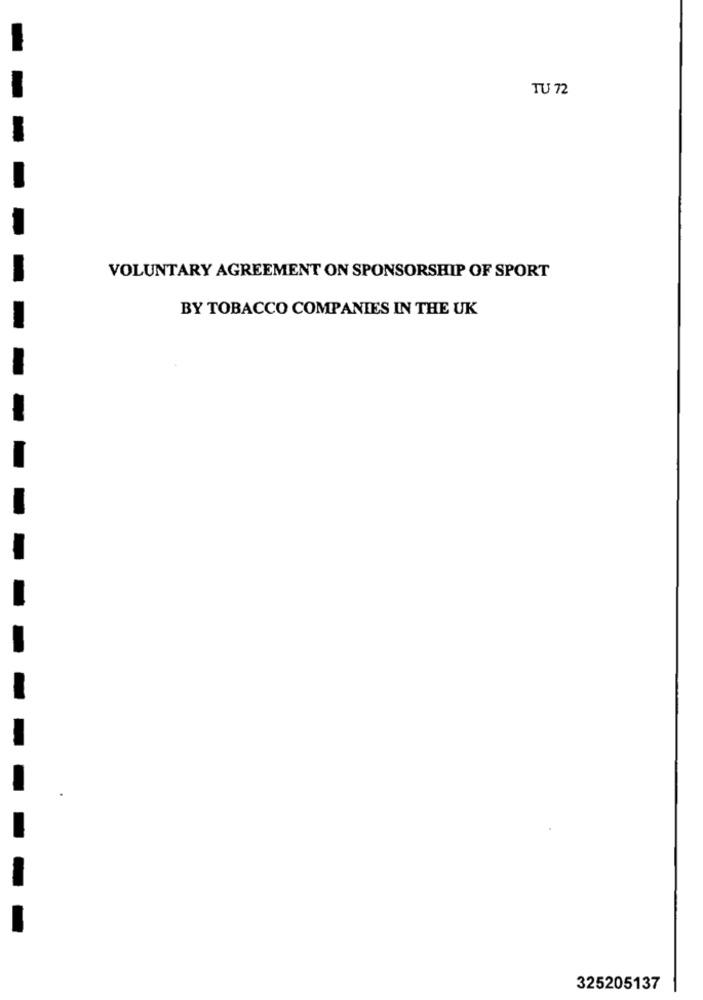
TU 72
VOLUNTARY AGREEMENT ON SPONSORSHIP OF SPORT
BY TOBACCO COMPANIES IN THE UK
325205137